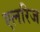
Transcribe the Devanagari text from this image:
एलरिज